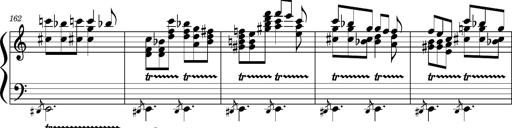
Title: Concerto sans orchestre, S.524a
Composer: Franz Liszt
Key: A major